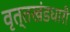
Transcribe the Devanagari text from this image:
वृत्तखंडधारी